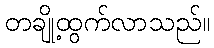
တချို့ထွက်လာသည်။